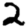
Digit: 2